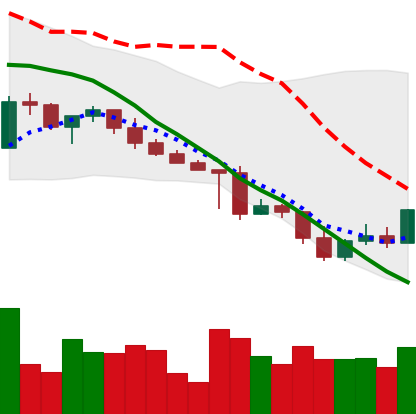
Ticker: XRP-USD
Chart end date: 2022-05-04
Forward return: -23.749%
Label: down_7plus